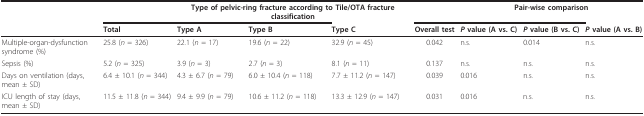
<table><thead><tr><td>[EMPTY_CELL]</td><td>[EMPTY_CELL]</td><td colspan="3"><b>Type of pelvic-ring fracture according to Tile/OTA fracture classification</b></td><td>[EMPTY_CELL]</td><td colspan="3"><b>Pair-wise comparison</b></td></tr><tr><td>[EMPTY_CELL]</td><td><b>Total</b></td><td><b>Type A</b></td><td><b>Type B</b></td><td><b>Type C</b></td><td><b>Overall test</b></td><td><b><i>P </i>value (A vs. C)</b></td><td><b><i>P </i>value (B vs. C)</b></td><td><b><i>P </i>value (A vs. B)</b></td></tr></thead><tbody><tr><td>Multiple-organ-dysfunction syndrome (%)</td><td>25.8 (<i>n </i>= 326)</td><td>22.1 (<i>n </i>= 17)</td><td>19.6 (<i>n </i>= 22)</td><td>32.9 (<i>n </i>= 45)</td><td>0.042</td><td>n.s.</td><td>0.014</td><td>n.s.</td></tr><tr><td>Sepsis (%)</td><td>5.2 (<i>n </i>= 325)</td><td>3.9 (<i>n </i>= 3)</td><td>2.7 (<i>n </i>= 3)</td><td>8.1 (<i>n </i>= 11)</td><td>0.137</td><td>n.s.</td><td>n.s.</td><td>n.s.</td></tr><tr><td>Days on ventilation (days, mean ± SD)</td><td>6.4 ± 10.1 (<i>n </i>= 344)</td><td>4.3 ± 6.7 (<i>n </i>= 79)</td><td>6.0 ± 10.4 (<i>n </i>= 118)</td><td>7.7 ± 11.2 (<i>n </i>= 147)</td><td>0.039</td><td>0.016</td><td>n.s.</td><td>n.s.</td></tr><tr><td>ICU length of stay (days, mean ± SD)</td><td>11.5 ± 11.8 (<i>n </i>= 344)</td><td>9.4 ± 9.9 (<i>n </i>= 79)</td><td>10.6 ± 11.2 (<i>n </i>= 118)</td><td>13.3 ± 12.9 (<i>n </i>= 147)</td><td>0.031</td><td>0.016</td><td>n.s.</td><td>n.s.</td></tr></tbody></table>